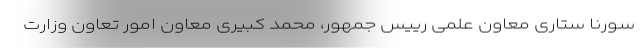
سورنا ستاری معاون علمی رییس جمهور، محمد کبیری معاون امور تعاون وزارت